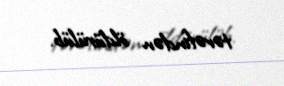
tərəfindən öldürülüb.